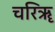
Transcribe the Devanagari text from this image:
चरिॠ